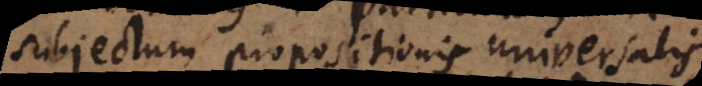
subjectum propositionis universalis